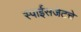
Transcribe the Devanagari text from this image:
स्पाईसजेटचे